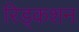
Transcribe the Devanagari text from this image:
रिड्कशन